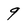
Character: 9